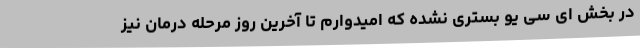
در بخش ای سی یو بستری نشده که امیدوارم تا آخرین روز مرحله درمان نیز